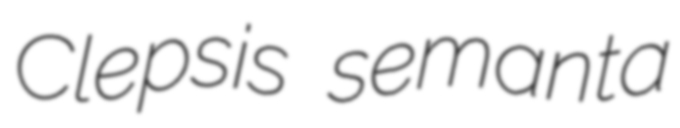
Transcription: Clepsis semanta